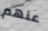
عنهم